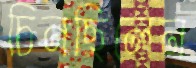
চিনছিলেন